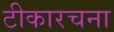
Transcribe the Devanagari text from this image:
टीकारचना